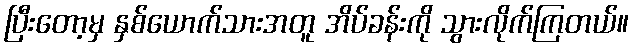
ပြီးတော့မှ နှစ်ယောက်သားအတူ အိပ်ခန်းကို သွားလိုက်ကြတယ်။